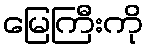
မြေကြီးကို